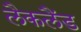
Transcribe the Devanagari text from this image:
लैकलैंड